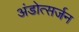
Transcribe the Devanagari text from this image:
अंडोत्सर्जन